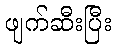
ဖျက်ဆီးပြီး